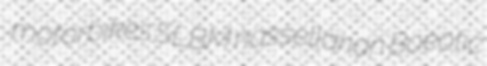
motorbikes SLBM nassellarian Boeotic